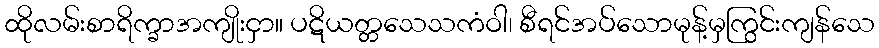
ထိုလမ်းစာရိက္ခာအကျိုးငှာ။ ပဋိယတ္တသေသကံဝါ၊ စီရင်အပ်သောမုန့်မှကြွင်းကျန်သေ